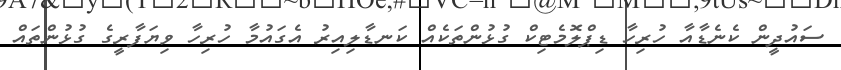
ސައުދީން ކެނެޑާއާ ހުރިހާ ޑިޕްލޮމެޓިކް ގުޅުންތަކެއް ކަނޑާލިއިރު އެގައުމާ ހުރިހާ ވިޔަފާރީގެ ގުޅުންތައް